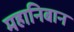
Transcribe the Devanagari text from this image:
महानिबान